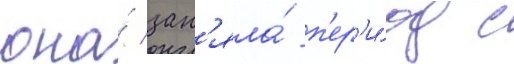
она́ зан'яла́ п'ер'и́од с